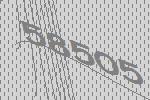
58505